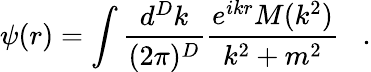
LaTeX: \psi(r)=\int\frac{d^{D}k}{(2\pi)^{D}}\frac{e^{ikr}M(k^{2})}{k^{2}+m^{2}}\; \; \; .